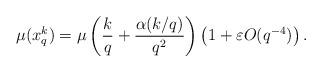
LaTeX: \begin{align*} \mu(x_q^k) = \mu \left (\frac{k}{q}+ \frac{\alpha(k/q)}{q^2} \right ) \left ( 1 + \varepsilon O(q^{-4})\right ).\end{align*}